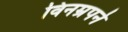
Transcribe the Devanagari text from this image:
विनम्रपने